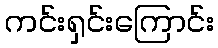
ကင်းရှင်းကြောင်း